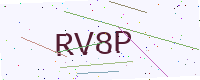
Text: RV8P